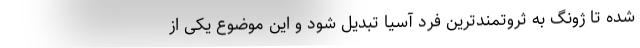
شده تا ژونگ به ثروتمندترین فرد آسیا تبدیل شود و این موضوع یکی از